Riigikantselei, lk 21
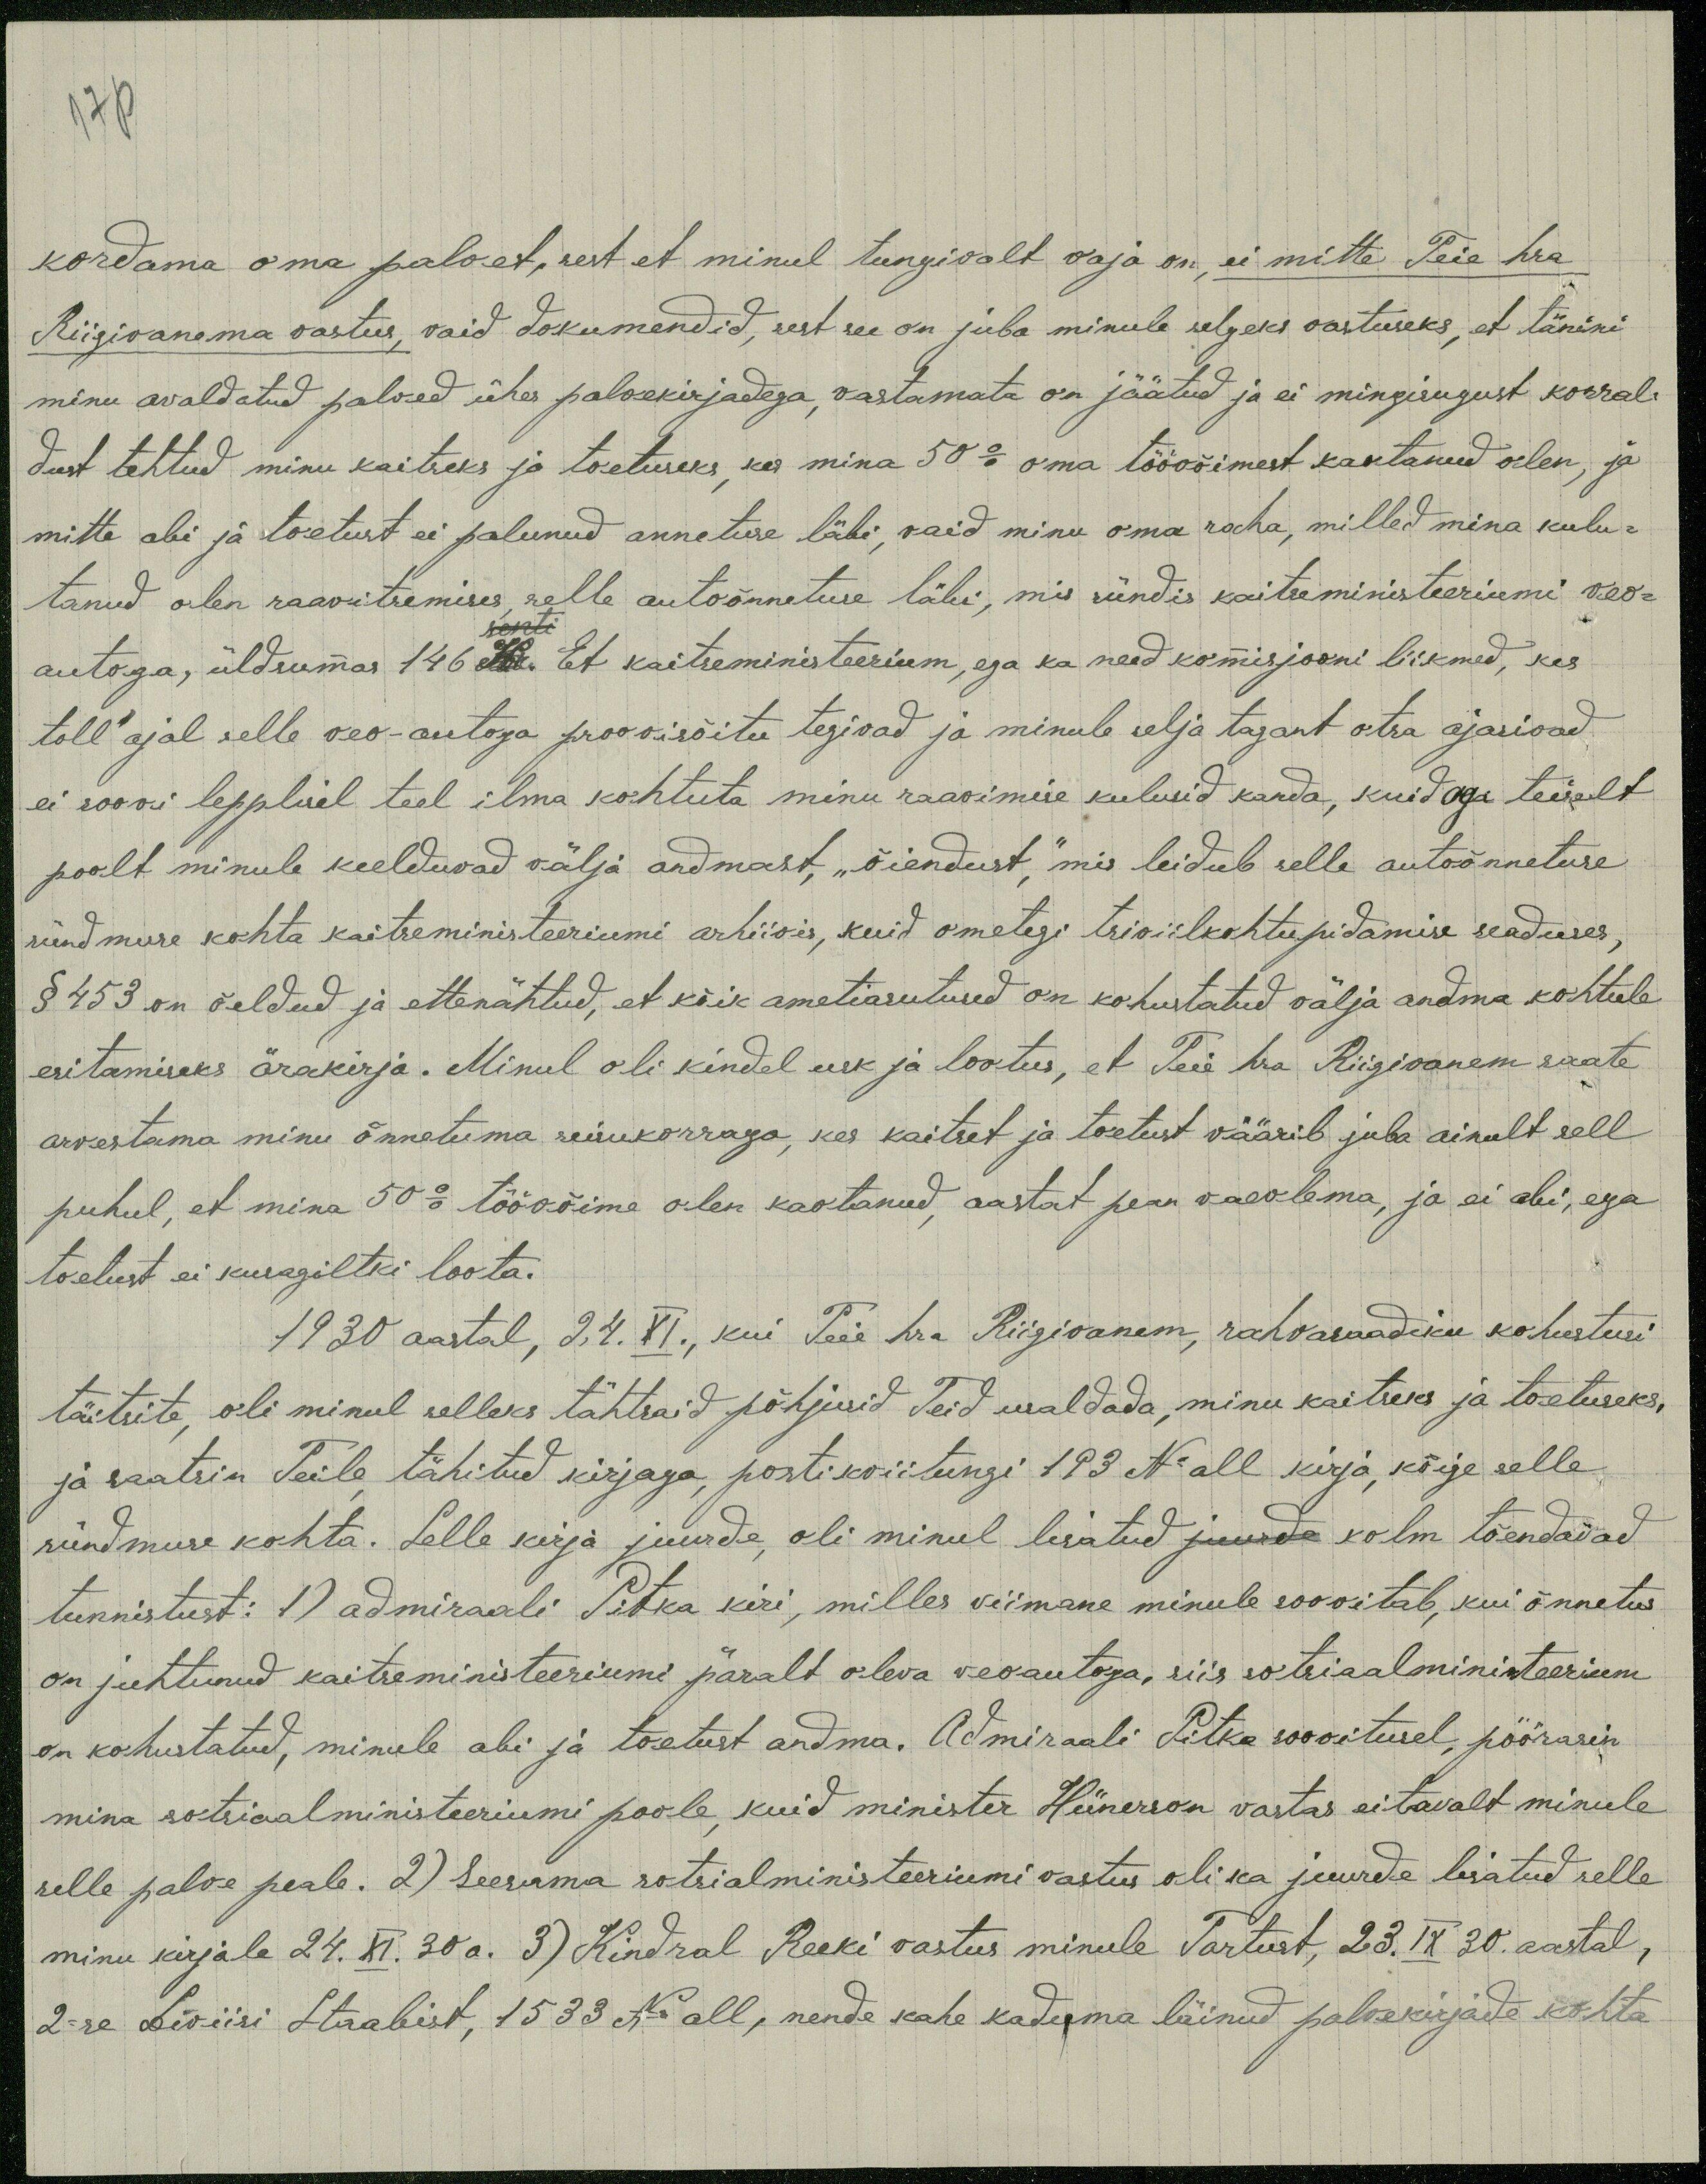
17 p
kordama oma palvet, sest et minul tungivalt vaja on, ei mitte Teie hra
Riigivanema vastus, vaid dokumendid, sest see on juba minule selgeks vastuseks, et tänini
minu avaldatud palved ühes palvekirjadega, vastamata on jäätud ja ei mingisugust korral-
dust tehtud minu kaitseks ja toetuseks, kes mina 50 % oma töövõimest kautanud olen, ja
mitte abi ja toetust ei palunud annetuse läbi, vaid minu oma raha, milled mina kulu-
tanud olen raavitsemises, selle autoõnnetuse läbi, mis sündis kaitseministeeriumi veo-
autoga, üldsummas 146 kr. Et kaitseministeerium, ega ka need komisjooni liikmed, kes
toll ajal selle veo-autoga proovisõitu tegivad ja minule selja tagant otsa ajasivad
ei soovi lepplisel teel ilma kohtuta minu raavimise kulusid kanda, kuid aga teiselt
poolt minule keelduvad välja andmast, "õiendust," mis leidub selle autoõnnetuse
sündmuse kohta kaitseministeeriumi arhiivis, kuid ometgi tsiviilkohtupidamise seaduses,
§ 453 on öeldud ja ettenähtud, et kõik ametiasutused on kohustatud välja andma kohtule
esitamiseks ärakirja. Minul oli kindel usk ja lootus, et Teie hra Riigivanem saate
arvestama minu õnnetuma seisukorraga, kes kaitset ja toetust väärib juba ainult sell
puhul, et mina 50 % töövõime olen kaotanud, aastat pean vaevlema, ja ei abi, ega
toetust ei kusagiltki loota.
1930 aastal, 24.  XI., kui Teie hra Riigivanem, rahvasaadiku kohustusi
täitsite, oli minul selleks tähtsaid põhjusid Teid usaldada, minu kaitseks ja toetuseks,
ja saatsin Teile, tähitud kirjaga, postikviitungi 193 No all kirja, kõige selle
sündmuse kohta. Selle kirja juurde, oli minul lisatud juurde kolm tõendavad
tunnistust: 1) admiraali Pitka kiri, milles viimane minule soovitab, kui õnnetus
on juhtunud kaitseministeeriumi päralt oleva veoautoga, siis sotsiaalministeerium
on kohustatud, minule abi ja toatust andma. Admiraali Pitka soovitusel, pöörasin
mina sotsiaalministeeriumi poole, kuid minister Hünerson vastas eitavalt minule
selle palve peale. 2) Seesama sotsialministeeriumi vastus oli ka juurde lisatud selle
minu kirjale 24. XI. 30 a. 3) Kindral Reeki vastus minule Tartust, 23. IX 30. aastal,
2-se Diviisi Staabist, 1533 No all, nende kahe kaduma läinud palvekirjade kohta